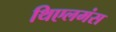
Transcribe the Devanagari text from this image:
थिएलमंस